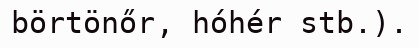
börtönőr, hóhér stb.).